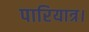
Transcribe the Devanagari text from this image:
पारियात्र।